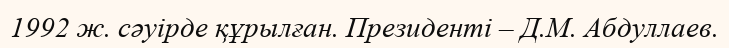
1992 ж. сәуірде құрылған. Президенті – Д.М. Абдуллаев.